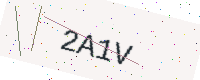
Text: 2A1V